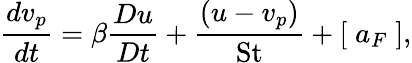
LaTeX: \frac{dv_{p}}{dt}=\beta\frac{Du}{Dt}+\frac{(u-v_{p})}{\mathrm{St}}+\left[\; a_{F}\; \right],